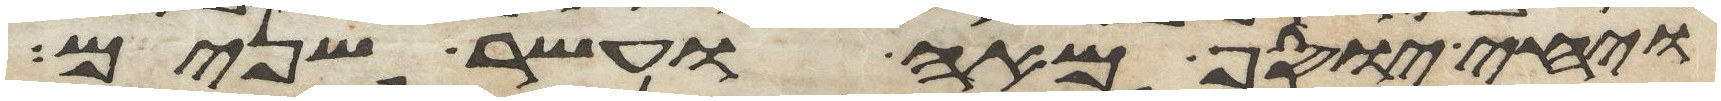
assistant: ויחי יוסף מאה ועשר שנים